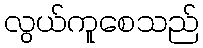
လွယ်ကူစေသည်